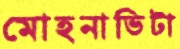
মোহনাভিটা